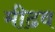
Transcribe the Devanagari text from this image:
मीढव